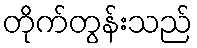
တိုက်တွန်းသည်